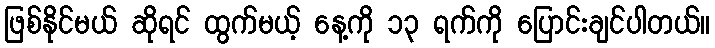
ဖြစ်နိုင်မယ် ဆိုရင် ထွက်မယ့် နေ့ကို ၁၃ ရက်ကို ပြောင်းချင်ပါတယ်။